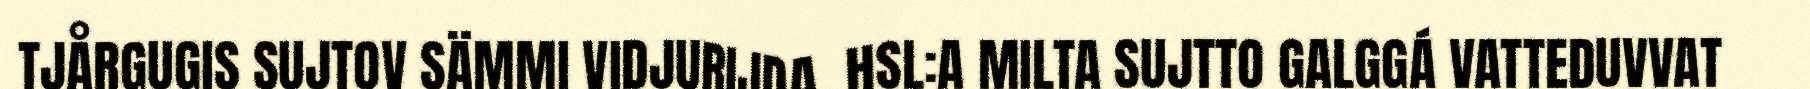
TJÅRGUGIS SUJTOV SÄMMI VIDJURIJDA. HSL:A MILTA SUJTTO GALGGÁ VATTEDUVVAT